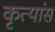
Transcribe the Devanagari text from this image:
कृत्यांस